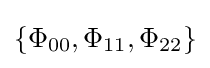
\{\Phi _{00},\Phi _{11},\Phi _{22}\}